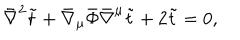
\bar { \nabla } ^ { 2 } \tilde { t } + \bar { \nabla } _ { \mu } \bar { \Phi } \bar { \nabla } ^ { \mu } \tilde { t } + 2 \tilde { t } = 0 ,